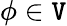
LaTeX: \phi\in\mathtt{V}